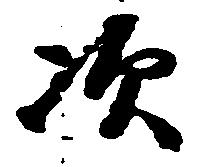
次